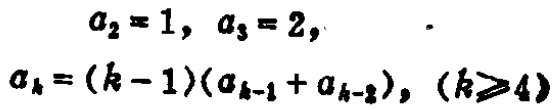
\[
\begin{align*}
a_{2}& = 1, \ a_{3}=2,\\
a_{k}&=(k - 1)(a_{k - 1}+a_{k - 2}),\ (k\geq4)
\end{align*}
\]